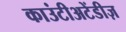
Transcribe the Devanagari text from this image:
काउंटीअटेंडीज़